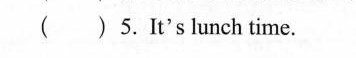
( ) 5.It's lunch time.